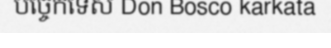
បច្ចេកទេស Don Bosco karkata